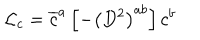
{ \cal { L } } _ { c } = \overline { { { c } } } ^ { a } \left[ - \left( D ^ { 2 } \right) ^ { a b } \right] c ^ { b }